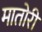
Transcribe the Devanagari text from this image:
मातोरी